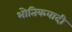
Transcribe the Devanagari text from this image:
भोतिकवादी